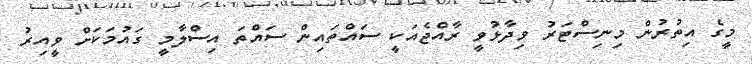
މީގެ އިތުރުން މިނިސްޓަރު ވިދާޅުވީ ރާއްޖެއަކީ ސައްތައިން ސައްތަ އިސްލާމީ ގައުމަކަށް ވީއިރު